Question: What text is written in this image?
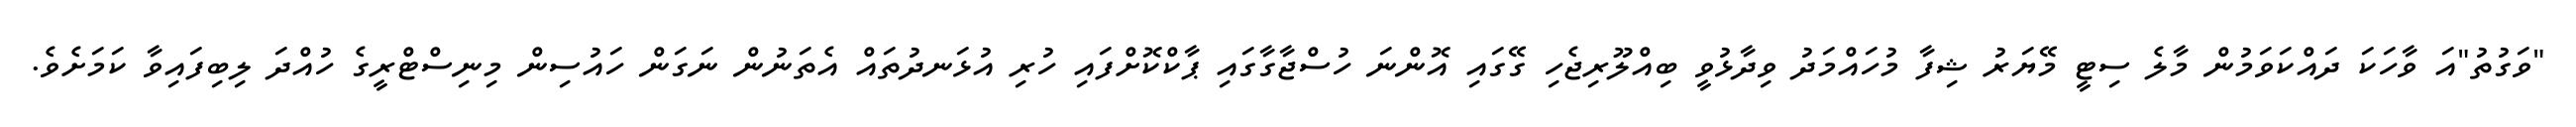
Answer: "ވަގުތު"އަ ވާހަކަ ދައްކަވަމުން މާލެ ސިޓީ މޭޔަރު ޝިފާ މުހައްމަދު ވިދާޅުވީ ބިއްލޫރިޖެހި ގޭގައި އޮންނަ ހުސްޖާގާގައި ޕާކްކޮށްފައި ހުރި އުޅަނދުތައް އެތަނުން ނަގަން ހައުސިން މިނިސްޓްރީގެ ހުއްދަ ލިބިފައިވާ ކަމަށެވެ.